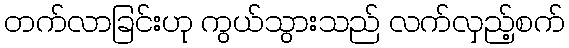
တက်လာခြင်းဟု ကွယ်သွားသည် လက်လှည့်စက်